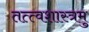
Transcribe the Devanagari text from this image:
तत्त्वशास्त्रमु